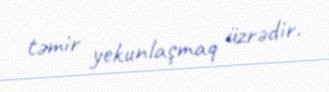
təmir yekunlaşmaq üzrədir.